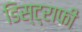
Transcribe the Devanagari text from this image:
डिस्ट्राफी